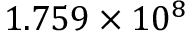
1 . 7 5 9 \times 1 0 ^ { 8 }